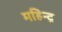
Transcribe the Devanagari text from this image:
महिन्द्र